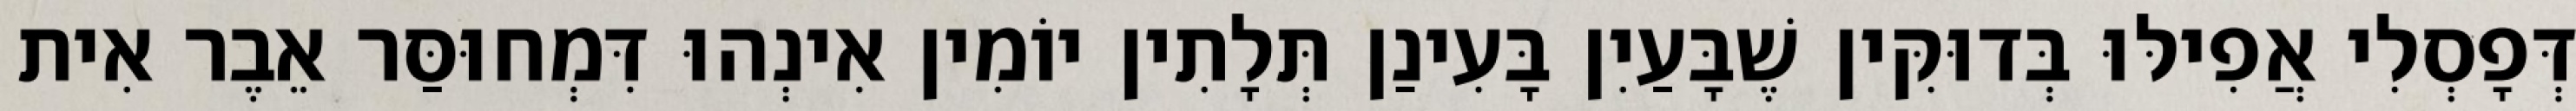
דְּפָסְלִי אֲפִילּוּ בְּדוּקִּין שֶׁבָּעַיִן בָּעִינַן תְּלָתִין יוֹמִין אִינְהוּ דִּמְחוּסַּר אֵבֶר אִית